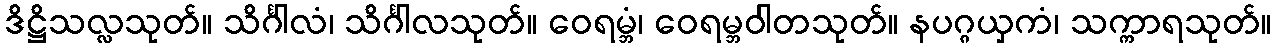
ဒိဋ္ဌိသလ္လသုတ်။ သိင်္ဂါလံ၊ သိင်္ဂါလသုတ်။ ဝေရမ္ဘံ၊ ဝေရမ္ဘဝါတသုတ်။ နပဂ္ဂယှကံ၊ သက္ကာရသုတ်။